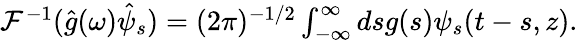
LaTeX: \begin{array}{r}{{\cal F}^{-1}(\hat{g}(\omega)\hat{\psi}_{s})=(2\pi)^{-1/2}\int_{-\infty}^{\infty}dsg(s)\psi_{s}(t-s,z).}\end{array}